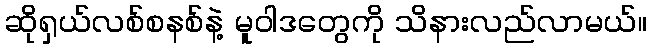
ဆိုရှယ်လစ်စနစ်နဲ့ မူဝါဒတွေကို သိနားလည်လာမယ်။